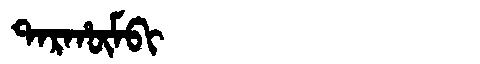
Manchu: ᡨᠠᡵᡥᡡᠮᠪᡳ
Romanization: TARHŪMBI